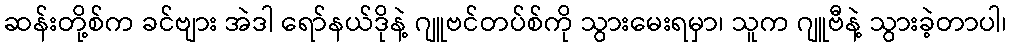
ဆန်းတို့စ်က ခင်ဗျား အဲဒါ ရော်နယ်ဒိုနဲ့ ဂျူဗင်တပ်စ်ကို သွားမေးရမှာ၊ သူက ဂျူဗီနဲ့ သွားခဲ့တာပါ၊